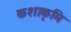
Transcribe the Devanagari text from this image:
कशाकृमि